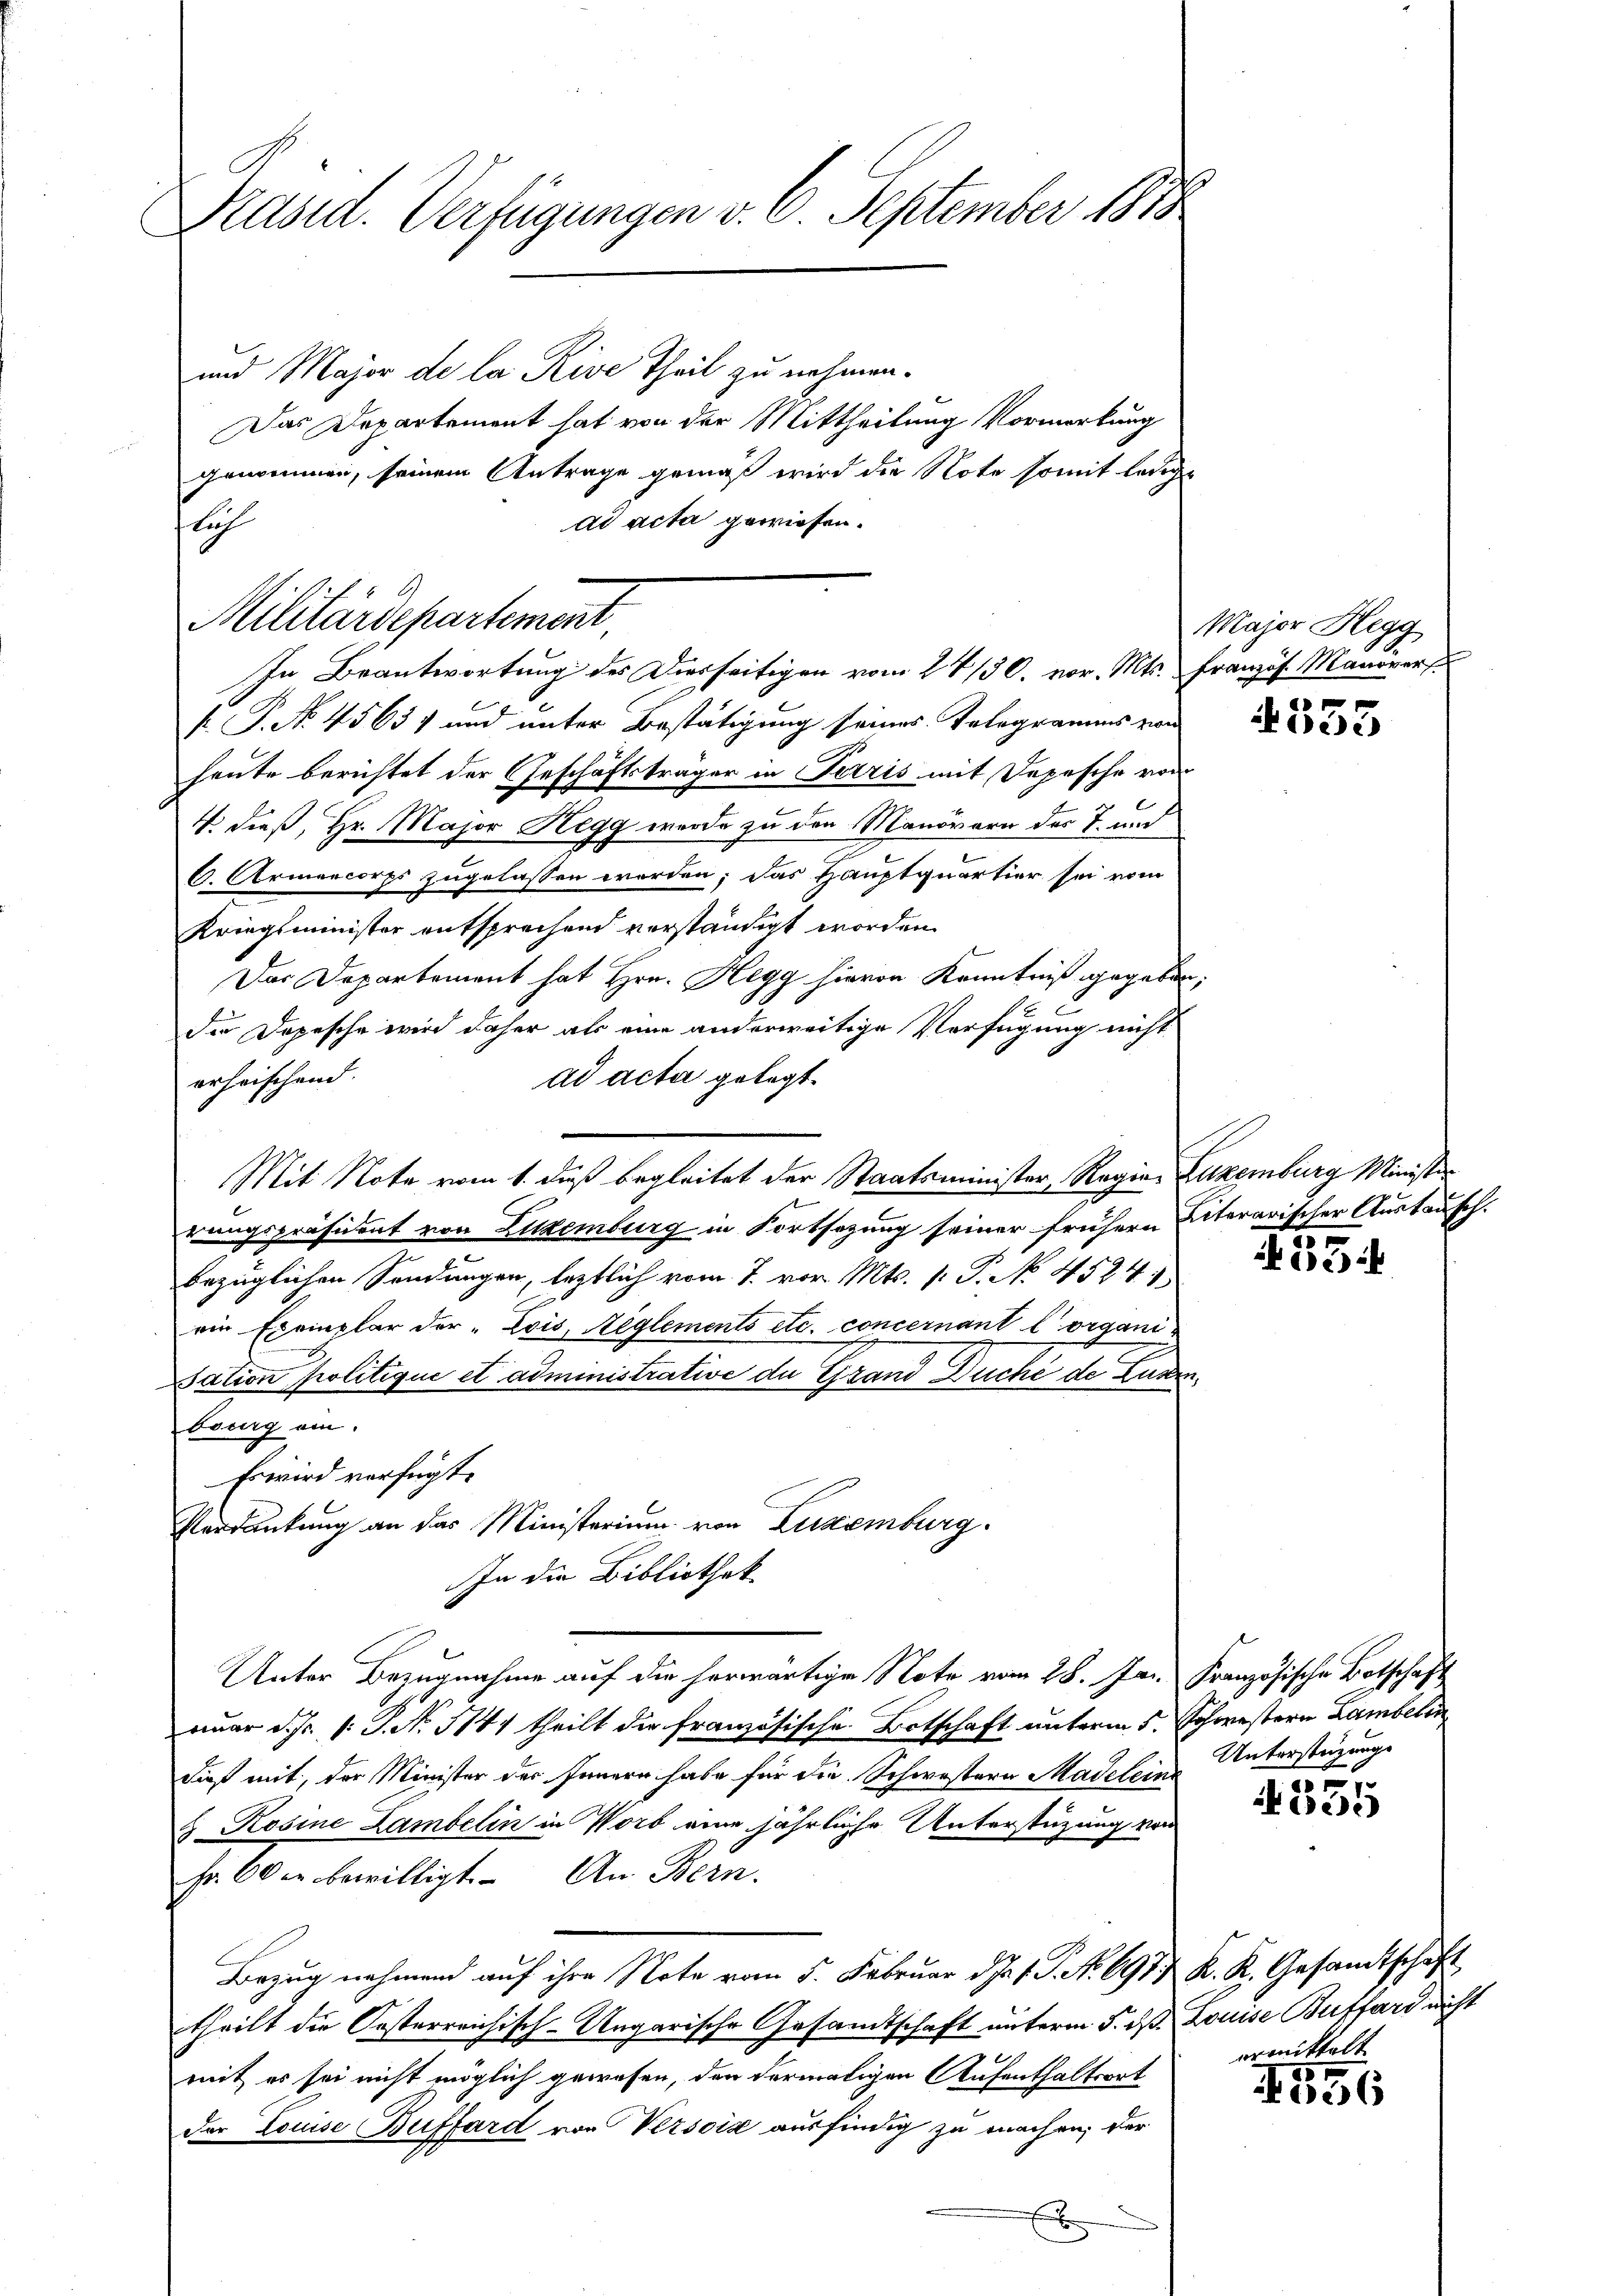
Präsid. Verfügungen v. 6. September 1858

und Major de la Rive Theil zu nehmen.
Das Departement hat von der Mittheilung Vormerkung
genommen, seinem Antrage gemäß wird die Note somit ledige
ad acta gewiesen.
lich

Militärdepartement
In Beantwortung des Diesseitigen vom 27./30. vor. Mts. Französ. Manöver

Mit Note vom 1. dieß begleitet der Staatsminister, Regia Luxenburg Minister

k. P. No. 4563 und unter Bestätigung seines Telegramms von
heute berichtet der Geschäftsträger in Terris mit Depesche von
V. dieß, Hr. Major Regg wurde zu den Manövern des 7. und
C. Armencorps zugelassen worden; das Hauptquartier sei vom
Kriegsminister entsprechend verständigt worden.
Das Departement hat Hrn. Hegg hievon Kenntniß gegeben,
der Depesche wird daher als eine anderweitige Verfügung nicht
ad acta gelegt.
erheischend.
rungspräsident von Ludenburg in Fortsezung seiner frühern Literarischer Austausch.
bezüglichen Sendungen, letztlich vom 7. vor. Mts. 1. P. No. 4524
ein Exemplar der „Zois, Reglements etc. concernant lorgani-
sation politique et administrative de Grand Duche de Luze
bourg ein.
Es wird verfügt:
Verdankung an das Ministerium von Luxenburg.
In die Bibliothek
Unter Bezugnahme auf die herwärtige Note vom 28. Jan. Französische Botschaft
ruar d. Js. 1. P. No 1141 theilt die französische Botschaft unterm 5. Schwestern Lambelin
dieß mit, der Minister des Innern habe für die Schwestern Madelein Unterstüzungs
 Rosine Lambelin in Worb eine jährliche Unterstüzung von
Fr. 60 u. bewilligt. An Bern.
Bezug nehmend auf ihre Note vom 5. Februar d. 1. P. No. 6977 K. K. Gesandtschaft
theilt die Oesterreichisch-Ungarische Gesandtschaft unterm 5. dß. Louise Buffard nicht
mit es sei nicht möglich gewesen, den dermaligen Aufenthaltsort
der Louise Buffard von Versois ausfindig zu machen, der
x

Major Hegg

053

3

ci

t

cede

ermittelt

5
56